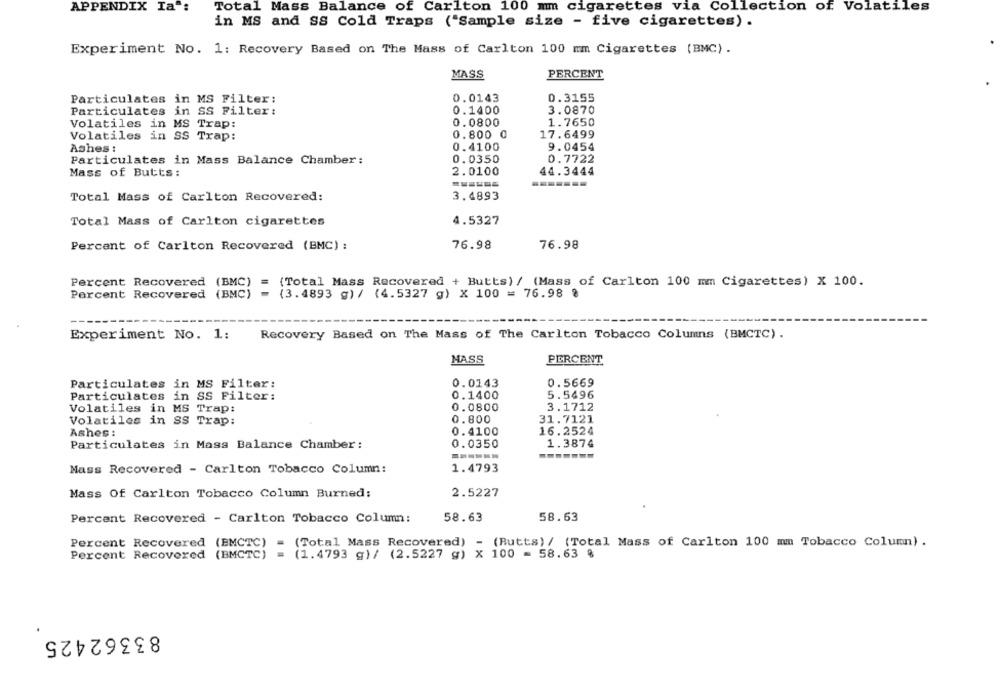
APPENDIX Ia":
Total Mass Balance of Carlton 100 mm cigarettes via Collection of Volatiles
in MS and SS Cold Traps ("Sample size - five cigarettes) .
Experiment No. 1: Recovery Based on The Mass of Carlton 100 mm Cigarettes (BMC).
MASS
PERCENT
Particulates in MS Filter:
0.0143
0.3155
Particulates in SS Filter:
0.1400
3.0870
Volatiles in MS Trap:
0.0800
1.7650
Volatiles in SS Trap:
0.800 0
17.6499
Ashes :
0.4100
9.0454
Particulates in Mass Balance Chamber:
0.0350
0.7722
Mass of Butts:
2.0100
44.3444
Total Mass of Carlton Recovered:
3.4893
Total Mass of Carlton cigarettes
4.5327
Percent of Carlton Recovered (BMC) :
76.98
76.98
Percent Recovered (BMC)
(Total Mass Recovered + Butts) / (Mass of Carlton 100 mm Cigarettes) X 100.
Percent Recovered (BMC)
(3.4893 g) / (4.5327 g) X 100 = 76.98 %
Experiment No. 1:
Recovery Based on The Mass of The Carlton Tobacco Columns (BMCTC) .
MASS
PERCENT
Particulates in MS Filter:
0.0143
0.5669
0.1400
5.5496
Particulates in SS Filter:
Volatiles in MS Trap:
0.0800
3.1712
Volatiles in SS Trap:
0.800
31.7121
16.2524
Ashes :
0.4100
Particulates in Mass Balance Chamber :
0.0350
1.3874
------
Mass Recovered - Carlton Tobacco Column:
1.4793
Mass Of Carlton Tobacco Column Burned;
2.5227
Percent Recovered - Carlton Tobacco Column:
58.63
58.63
(BMCTC) = (Total Mass Recovered) - (Butts) / (Total Mass of Carlton 100 mm Tobacco Column) .
Percent Recovered (BMCTC) = (1.4793 g)/ (2.5227 g) X 100 = 58.63 %
83362425